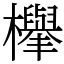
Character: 𣟱